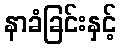
နာခံခြင်းနှင့်